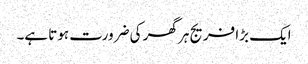
ایک بڑا فریج ہر گھر کی ضرورت ہوتا ہے۔